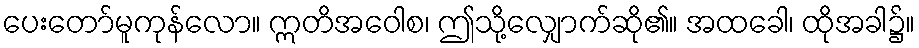
ပေးတော်မူကုန်လော။ ဣတိအဝေါစ၊ ဤသို့လျှောက်ဆို၏။ အထခေါ၊ ထိုအခါ၌။